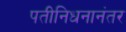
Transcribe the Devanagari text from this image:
पतीनिधनानंतर